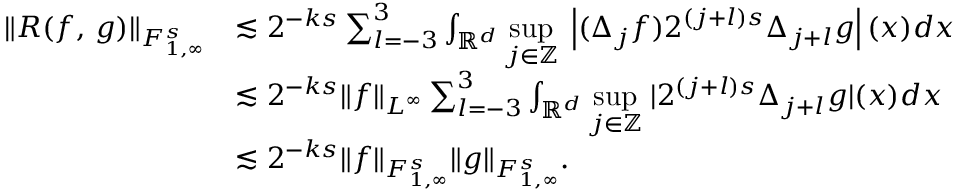
\begin{array} { r l } { \| R ( f , \, g ) \| _ { { F } _ { 1 , \infty } ^ { s } } } & { \lesssim 2 ^ { - k s } \sum _ { l = - 3 } ^ { 3 } \int _ { \mathbb { R } ^ { d } } \underset { j \in \mathbb { Z } } { \operatorname* { s u p } } \; \left| ( \Delta _ { j } f ) 2 ^ { ( j + l ) s } \Delta _ { j + l } g \right| ( x ) d x } \\ & { \lesssim 2 ^ { - k s } \| f \| _ { L ^ { \infty } } \sum _ { l = - 3 } ^ { 3 } \int _ { \mathbb { R } ^ { d } } \underset { j \in \mathbb { Z } } { \operatorname* { s u p } } \; | 2 ^ { ( j + l ) s } \Delta _ { j + l } g | ( x ) d x } \\ & { \lesssim 2 ^ { - k s } \| f \| _ { { F } _ { 1 , \infty } ^ { s } } \| g \| _ { { F } _ { 1 , \infty } ^ { s } } . } \end{array}